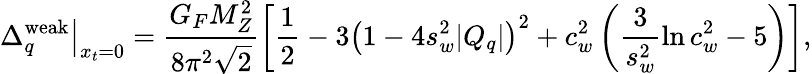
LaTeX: \left.\Delta_{q}^{\mathrm{weak}}\right|_{x_{t}=0}=\frac{G_{F}M_{Z}^{2}}{8\pi^{2}\sqrt 2}\left[\frac{1}{2}-3\left(1-4s_{w}^{2}|Q_{q}|\right)^{2}+c_{w}^{2}\left(\frac{3}{s_{w}^{2}}\ln c_{w}^{2}-5\right)\right],